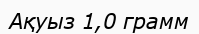
Ақуыз 1,0 грамм